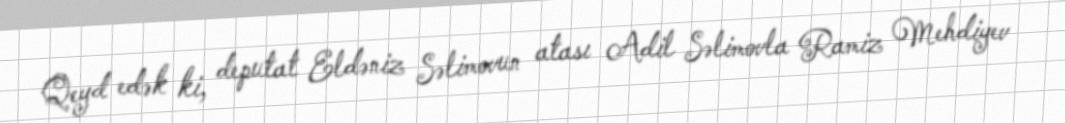
Qeyd edək ki, deputat Eldəniz Səlimovun atası Adil Səlimovla Ramiz Mehdiyev